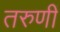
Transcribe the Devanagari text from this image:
तरुणीं